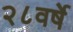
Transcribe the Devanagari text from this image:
२८वर्षे